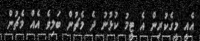
އެއީ މީގެކުރިން އެ ޓީމު ކުޅުނު ދެ މެޗުން ބަލިވެ އެއް މެޗުން